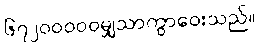
၆၇၂၀၀၀၀၀မျှသာကွာဝေးသည်။